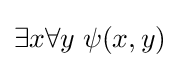
\exists x\forall y\;\psi (x,y)